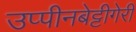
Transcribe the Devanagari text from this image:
उप्पीनबेट्टीगेरी